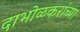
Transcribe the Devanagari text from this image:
दाभोळकरांच्या